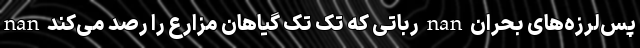
nan رباتی که تک تک گیاهان مزارع را رصد می‌کند nan پس‌لرزه‌های بحران